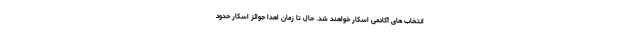
انتخاب های آکادمی اسکار خواهند شد. حال تا زمان اهدا جوائز اسکار حدود